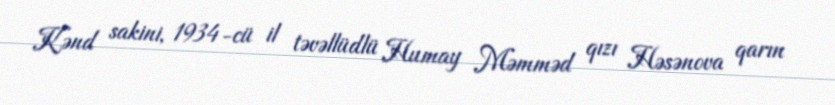
Kənd sakini, 1934-cü il təvəllüdlü Humay Məmməd qızı Həsənova qarın